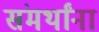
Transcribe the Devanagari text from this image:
संमर्थांना